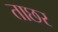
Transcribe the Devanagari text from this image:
ताछर